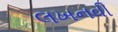
લખનવી